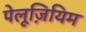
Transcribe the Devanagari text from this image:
पेलूज़ियिम